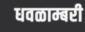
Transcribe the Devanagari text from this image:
धवळाम्बरी